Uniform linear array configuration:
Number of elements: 8
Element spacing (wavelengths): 0.5
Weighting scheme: hamming
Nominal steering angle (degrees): -45
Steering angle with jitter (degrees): -45.144
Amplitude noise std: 0.05
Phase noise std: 0.05

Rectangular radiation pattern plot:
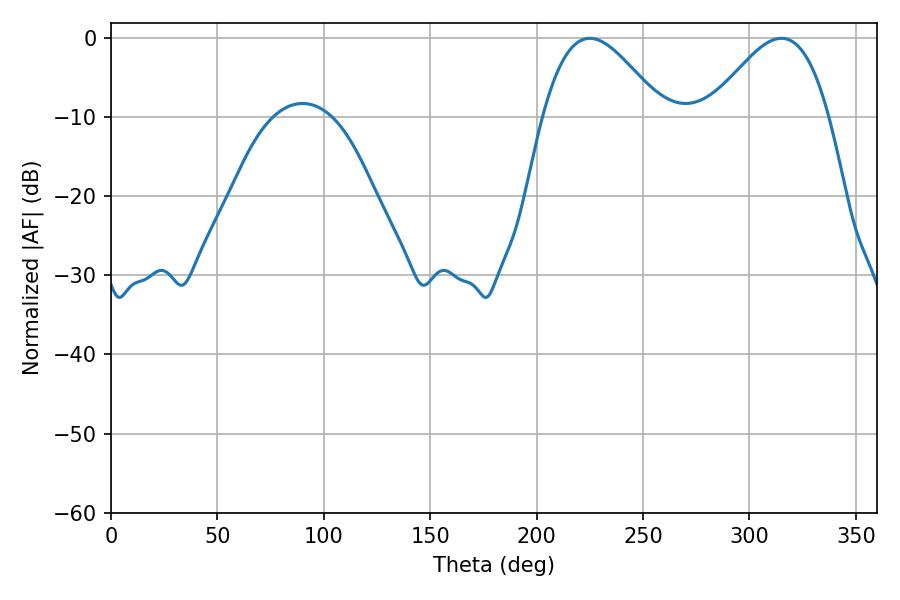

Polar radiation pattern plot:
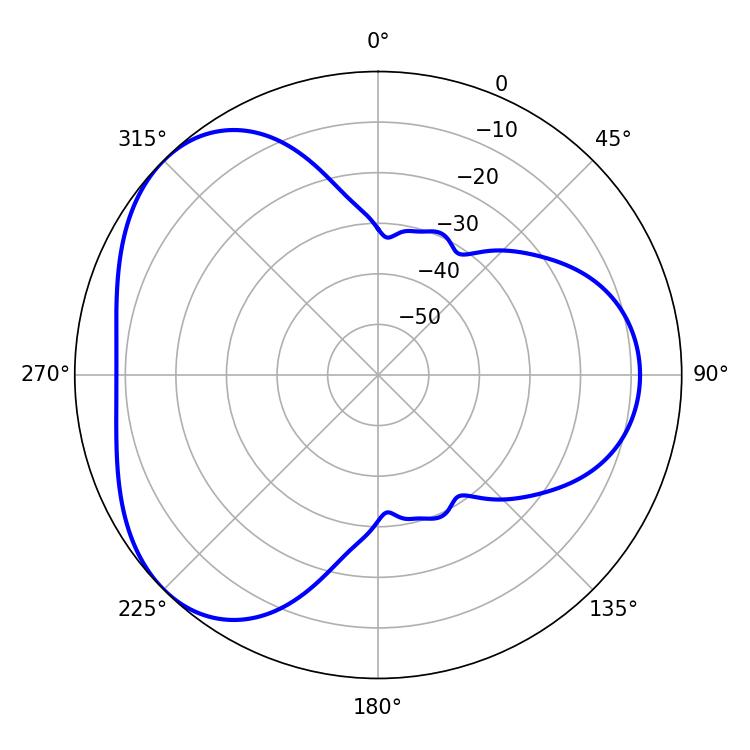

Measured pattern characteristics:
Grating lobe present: FALSE
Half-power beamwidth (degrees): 30.06
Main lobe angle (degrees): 225